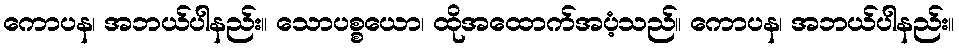
ကောပန၊ အဘယ်ပါနည်း။ သောပစ္စယော၊ ထိုအထောက်အပံ့သည်။ ကောပန၊ အဘယ်ပါနည်း။